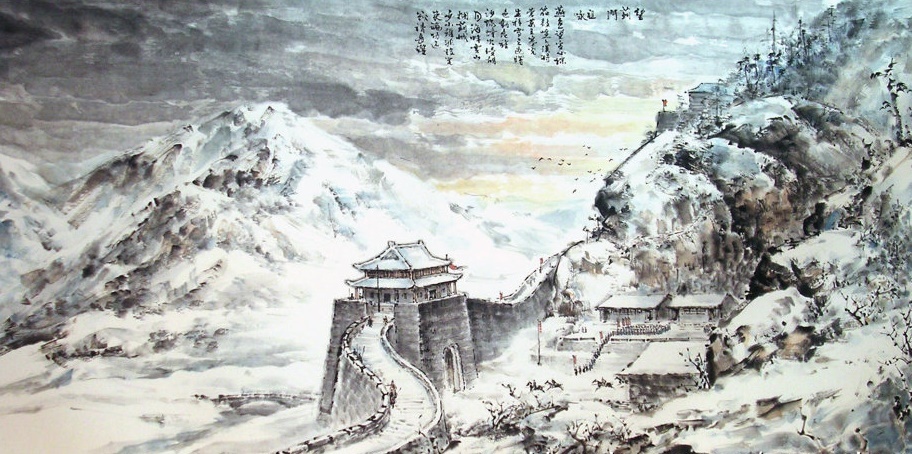
少小虽非投笔吏，论功还欲请长缨。